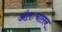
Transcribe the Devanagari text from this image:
अंतःचालन